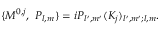
\{ M ^ { 0 , j } , \ P _ { l , m } \} = i P _ { l ^ { \prime } , m ^ { \prime } } ( K _ { j } ) _ { l ^ { \prime } , m ^ { \prime } ; l , m } .